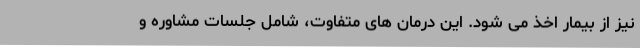
نیز از بیمار اخذ می شود. این درمان های متفاوت، شامل جلسات مشاوره و